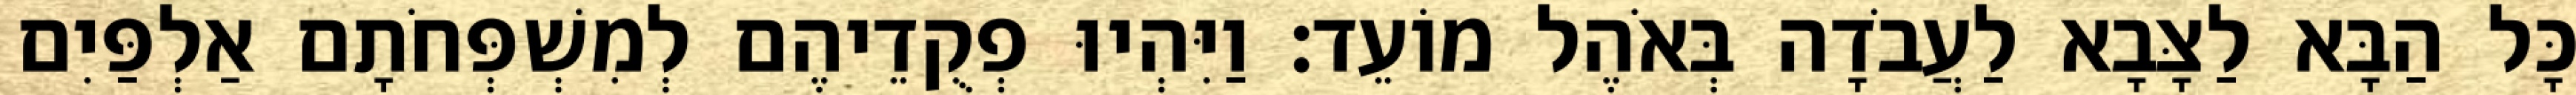
כָּל הַבָּא לַצָּבָא לַעֲבֹדָה בְּאֹהֶל מוֹעֵד׃ וַיִּהְיוּ פְקֻדֵיהֶם לְמִשְׁפְּחֹתָם אַלְפַּיִם